Leaving Certificate Examination, 1911
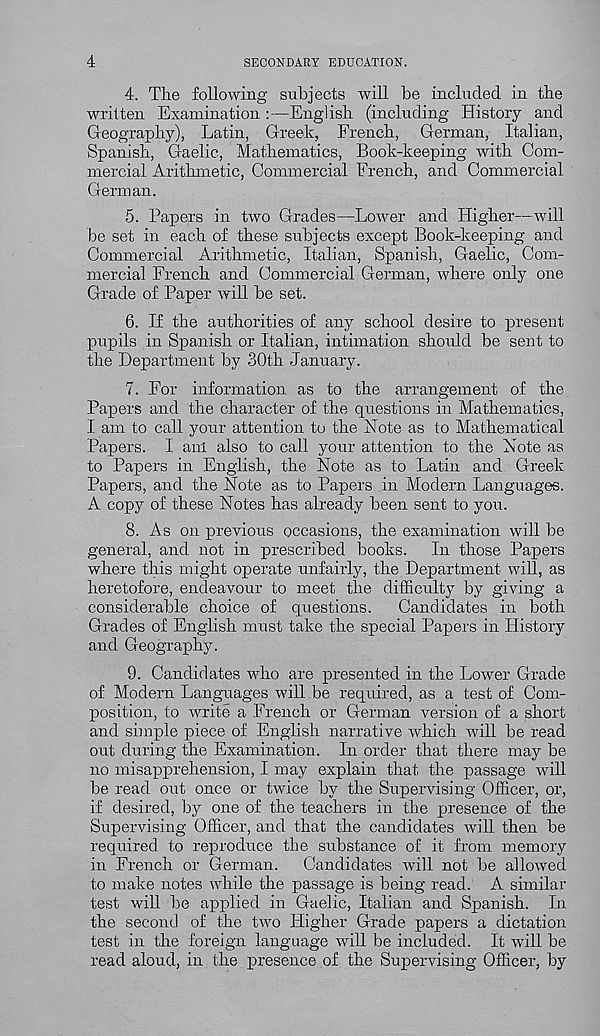
4
SECONDARY EDUCATION.
4. Tlie following subjects will be included in the
written Examination :—English (including History and
Geography), Latin, Greek, French, German, Italian,
Spanish, Gaelic, Mathematics, Book-keeping with Com-
mercial Arithmetic, Commercial French, and Commercial
German.
5. Papers in two Grades—Lower and Higher—will
be set in each of these subjects except Book-keeping and
Commercial Arithmetic, Italian, Spanish, Gaelic, Com-
mercial French and Commercial German, where only one
Grade of Paper will be set.
6. If the authorities of any school desire to present
pupils in Spanish or Italian, intimation should be sent to
the Department by 30th January.
7. For information as to the arrangement of the
Papers and the character of the questions in Mathematics,
I am to call your attention to the Note as to Mathematical
Papers. I am also to call your attention to the Note as
to Papers in English, the Note as to Latin and Greek
Papers, and the Note as to Papers in Modern Languages.
A copy of these Notes has already been sent to you.
8. As on previous occasions, the examination will be
general, and not in prescribed books. In those Papers
where this might operate unfairly, the Department will, as
heretofore, endeavour to meet the difficulty by giving a
considerable choice of questions. Candidates in both
Grades of English must take the special Papers in History
and Geography.
9. Candidates who are presented in the Lower Grade
of Modern Languages will be required, as a test of Com-
position, to write a French or German version of a short
and simple piece of English narrative which will be read
out during the Examination. In order that there may be
no misapprehension, I may explain that the passage will
be read out once or twice by the Supervising Officer, or,
if desired, by one of the teachers in the presence of the
Supervising Officer, and that the candidates will then be
required to reproduce the substance of it from memory
in French or German. Candidates will not be allowed
to make notes while the passage is being read. A similar
test will be applied in Gaelic, Italian and Spanish. In
the second of the two Higher Grade papers a dictation
test in the foreign language will be included. It will be
read aloud, in the presence of the Supervising Officer, by